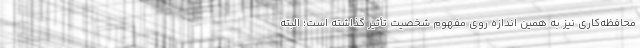
محافظه‌کاری نیز به همین اندازه روی مفهوم شخصیت تأثیر گذاشته است؛ البته